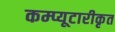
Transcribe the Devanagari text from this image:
कम्प्यूटारीकृत